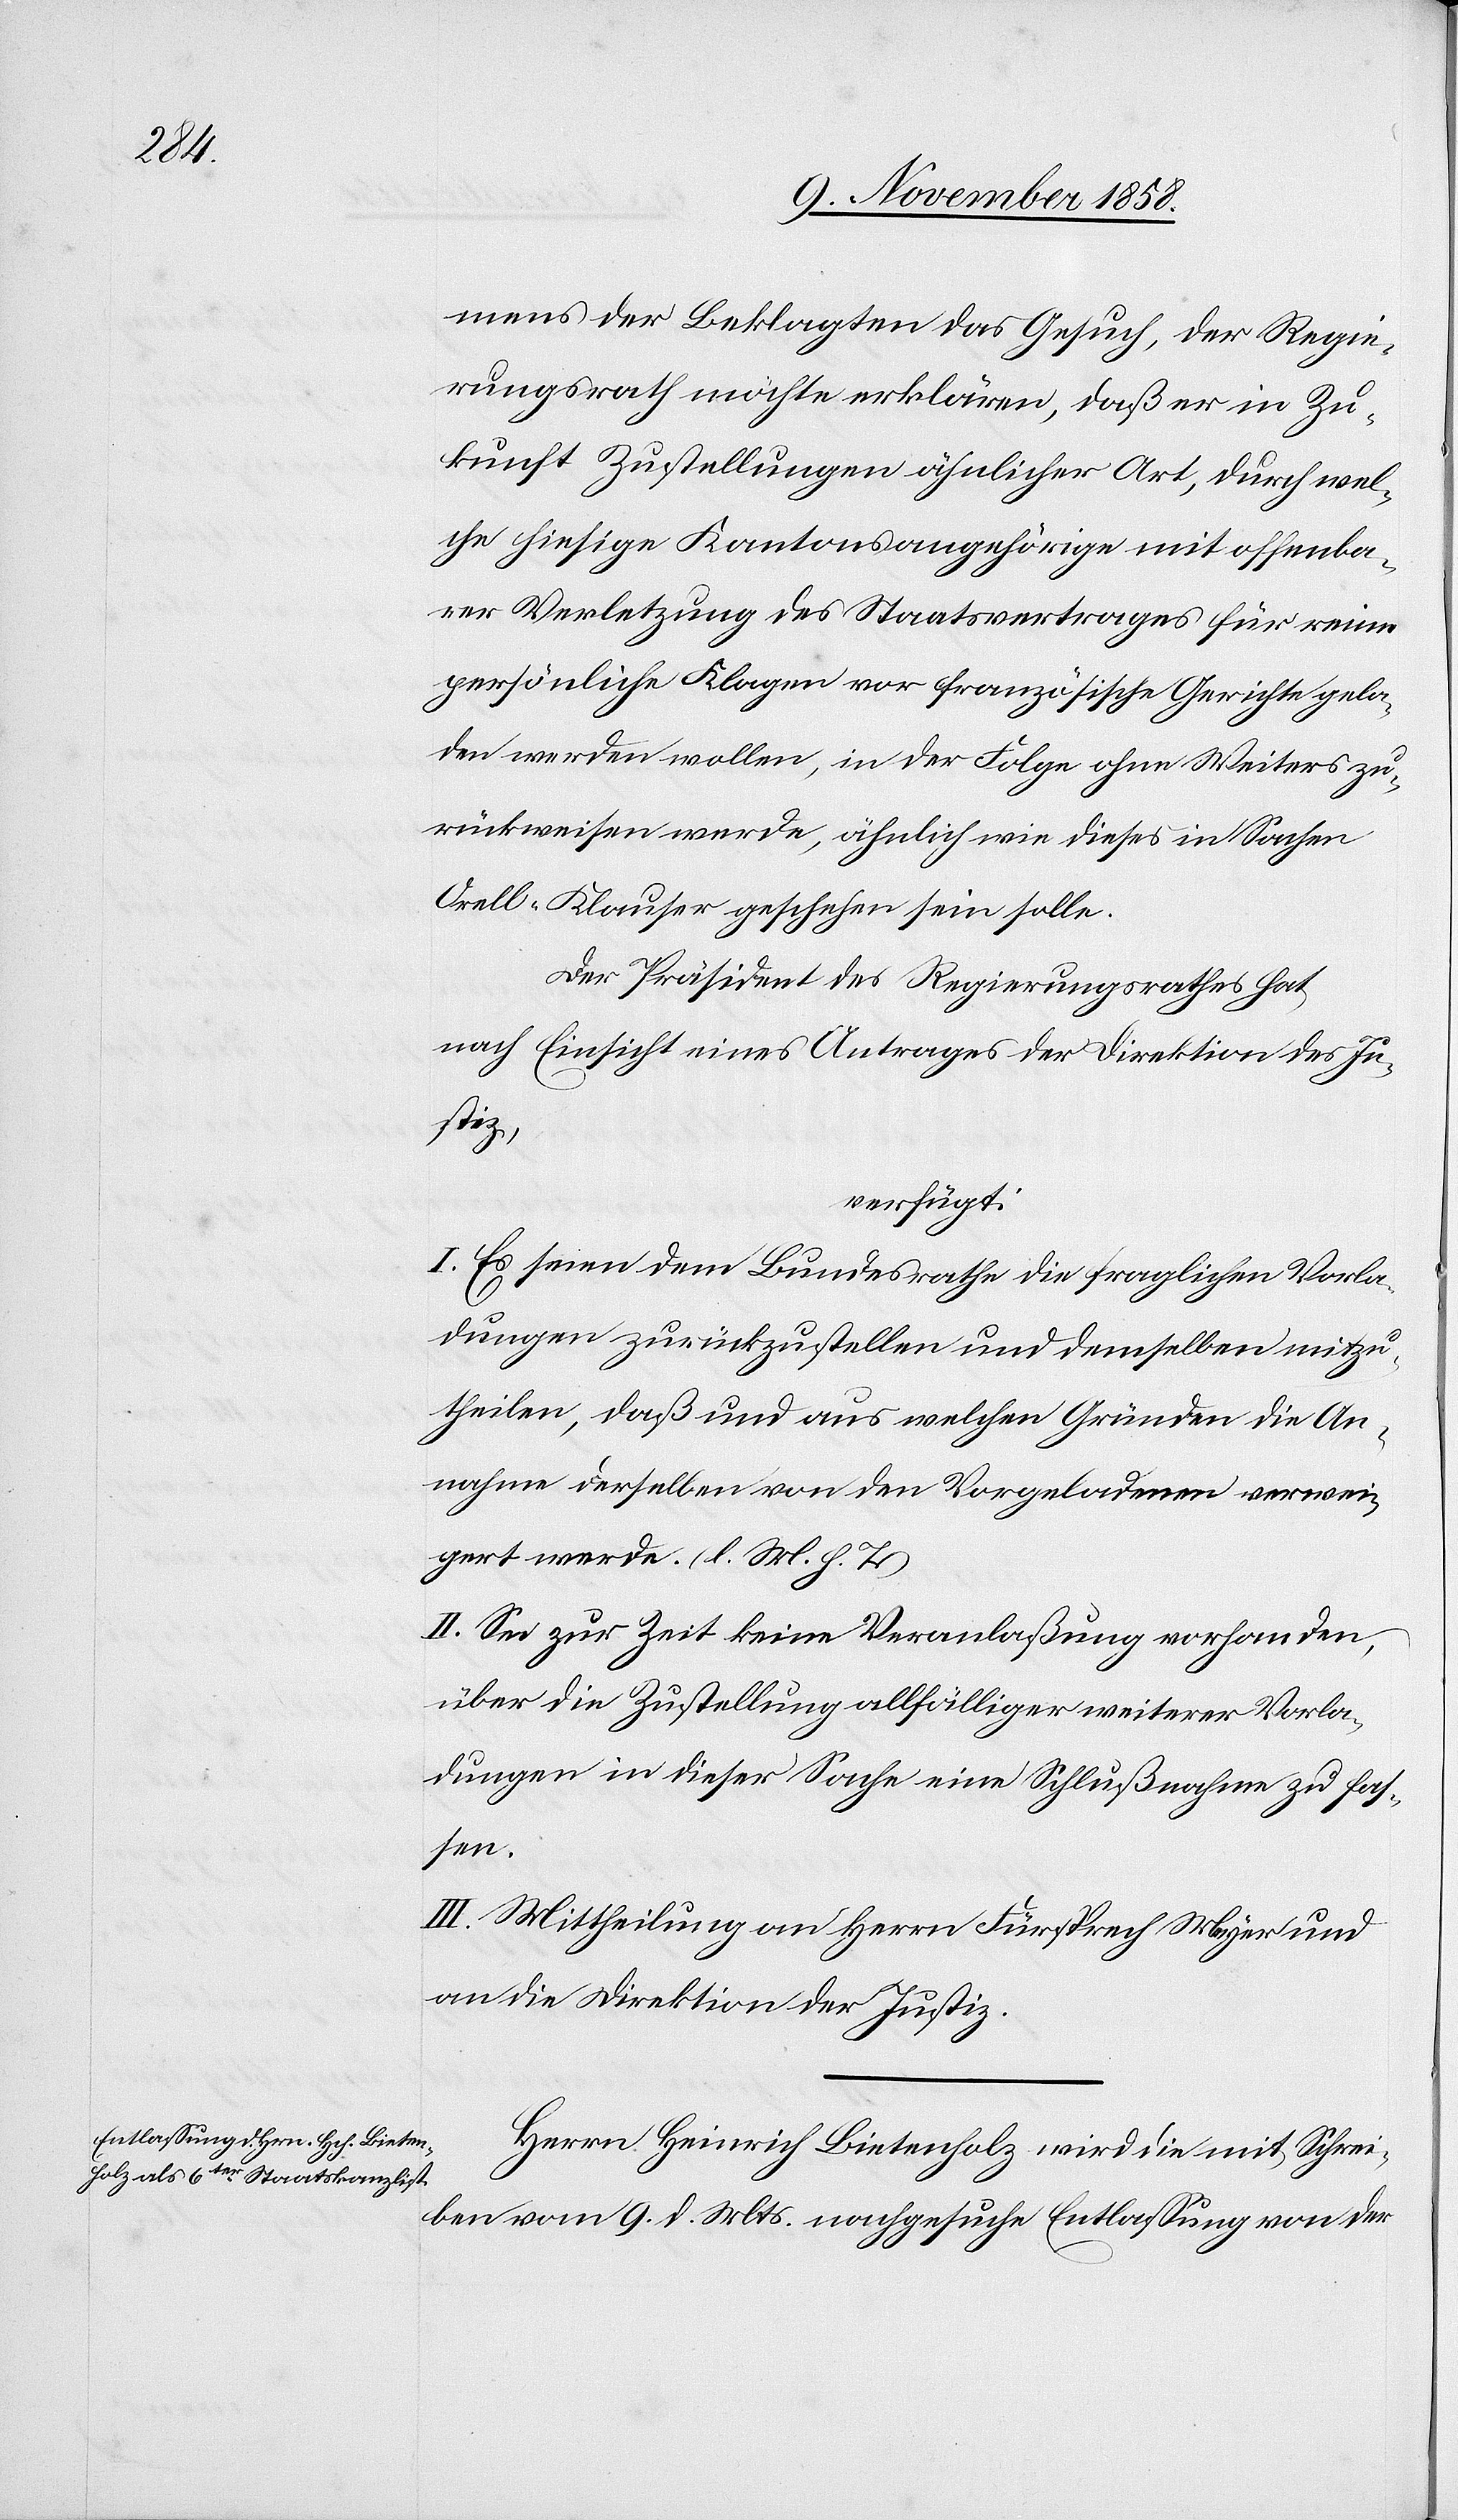
10. November 1858.]
mens der Beklagten das Gesuch, der Regie¬
rungsrath möchte erklären, daß er in Zu¬
kunft Zustellungen ähnlicher Art, durch wel¬
che hiesige Kantonsangehörige mit offenba¬
rer Verletzung des Staatsvertrages für reine
persönliche Klagen vor französische Gerichte gela¬
den werden wollen, in der Folge ohne Weiters zu¬
rückweisen werde, ähnlich wie dieses in Sachen
Orell-Klauser geschehen sein solle.
Der Präsident des Regierungsrathes hat
nach Einsicht eines Antrages der Direktion des [s¬
Justiz,
verfügt:
I. Es seien dem Bundesrathe die fraglichen Vorla¬
dungen zurückzustellen und demselben mitzu¬
theilen, daß und aus welchen Gründen die An¬
nahme derselben von den Vorgeladenen verwei¬
gert werde. (l. M. h. T.)
II. Sei zur Zeit keine Veranlaßung vorhanden,
über die Zustellung allfälliger weiterer Vorla¬
dungen in dieser Sache eine Schlußnahme zu fas¬
sen.
III. Mittheilung an Herrn Fürsprech Meyer und
an die Direktion der Justiz.
Herrn Heinrich Bietenholz wird die mit Schrei¬
ben vom 9. d. Mts. nachgesuch[t]e Entlassung von der